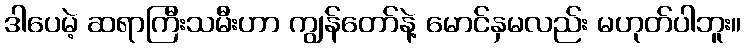
ဒါပေမဲ့ ဆရာကြီးသမီးဟာ ကျွန်တော်နဲ့ မောင်နှမလည်း မဟုတ်ပါဘူး။